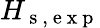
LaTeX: H_{\mathrm{~s~,~e~x~p~}}